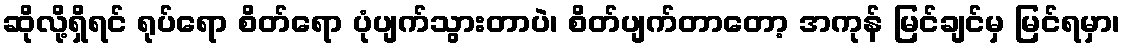
ဆိုလို့ရှိရင် ရုပ်ရော စိတ်ရော ပုံပျက်သွားတာပဲ၊ စိတ်ပျက်တာတော့ အကုန် မြင်ချင်မှ မြင်ရမှာ၊